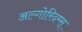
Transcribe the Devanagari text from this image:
अल्गोरिदम्स्